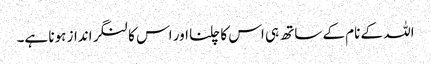
اللہ کے نام کے ساتھ ہی اس کا چلنا اور اس کا لنگر انداز ہونا ہے۔